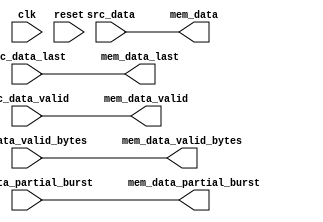
// ***************************************************************************
// ***************************************************************************
// Copyright (C) 2014-2023 Analog Devices, Inc. All rights reserved.
//
// In this HDL repository, there are many different and unique modules, consisting
// of various HDL (Verilog or VHDL) components. The individual modules are
// developed independently, and may be accompanied by separate and unique license
// terms.
//
// The user should read each of these license terms, and understand the
// freedoms and responsibilities that he or she has by using this source/core.
//
// This core is distributed in the hope that it will be useful, but WITHOUT ANY
// WARRANTY; without even the implied warranty of MERCHANTABILITY or FITNESS FOR
// A PARTICULAR PURPOSE.
//
// Redistribution and use of source or resulting binaries, with or without modification
// of this file, are permitted under one of the following two license terms:
//
//   1. The GNU General Public License version 2 as published by the
//      Free Software Foundation, which can be found in the top level directory
//      of this repository (LICENSE_GPL2), and also online at:
//      <https://www.gnu.org/licenses/old-licenses/gpl-2.0.html>
//
// OR
//
//   2. An ADI specific BSD license, which can be found in the top level directory
//      of this repository (LICENSE_ADIBSD), and also on-line at:
//      https://github.com/analogdevicesinc/hdl/blob/master/LICENSE_ADIBSD
//      This will allow to generate bit files and not release the source code,
//      as long as it attaches to an ADI device.
//
// ***************************************************************************
// ***************************************************************************

/*
 * Resize the data width between the source interface and the burst memory
 * if necessary.
 */

`timescale 1ns/100ps

module axi_dmac_resize_src #(
  parameter DATA_WIDTH_SRC = 64,
  parameter BYTES_PER_BEAT_WIDTH_SRC = 3,
  parameter DATA_WIDTH_MEM = 64,
  parameter BYTES_PER_BEAT_WIDTH_MEM = 3
) (
  input clk,
  input reset,

  input src_data_valid,
  input [DATA_WIDTH_SRC-1:0] src_data,
  input src_data_last,
  input [BYTES_PER_BEAT_WIDTH_SRC-1:0] src_data_valid_bytes,
  input src_data_partial_burst,

  output mem_data_valid,
  output [DATA_WIDTH_MEM-1:0] mem_data,
  output mem_data_last,
  output [BYTES_PER_BEAT_WIDTH_MEM-1:0] mem_data_valid_bytes,
  output mem_data_partial_burst
);

  generate if (DATA_WIDTH_SRC == DATA_WIDTH_MEM)  begin
    assign mem_data_valid = src_data_valid;
    assign mem_data = src_data;
    assign mem_data_last = src_data_last;
    assign mem_data_valid_bytes = src_data_valid_bytes;
    assign mem_data_partial_burst = src_data_partial_burst;
  end else begin

    localparam RATIO = DATA_WIDTH_MEM / DATA_WIDTH_SRC;
    localparam RATIO_WIDTH = RATIO > 64 ? 7 :
                             RATIO > 32 ? 6 :
                             RATIO > 16 ? 5 :
                             RATIO > 8 ? 4 :
                             RATIO > 4 ? 3 :
                             RATIO > 2 ? 2 : 1;

    reg [RATIO-1:0] mask = 'h1;
    reg valid = 1'b0;
    reg last = 1'b0;
    reg [DATA_WIDTH_MEM-1:0] data = 'h0;
    reg [BYTES_PER_BEAT_WIDTH_SRC-1:0] valid_bytes = 'h00;
    reg partial_burst = 1'b0;
    reg [RATIO_WIDTH-1:0] num_beats = {RATIO_WIDTH{1'b1}};

    always @(posedge clk) begin
      if (reset == 1'b1) begin
        valid <= 1'b0;
        mask <= 'h1;
      end else if (src_data_valid == 1'b1) begin
        valid <= mask[RATIO-1] || src_data_last;
        if (src_data_last) begin
          mask <= 'h1;
        end else begin
          mask <= {mask[RATIO-2:0],mask[RATIO-1]};
        end
      end else begin
        valid <= 1'b0;
      end
    end

    // This counter will hold the number of source beat in a destination beat
    // minus one
    always @(posedge clk) begin
      if (reset == 1'b1) begin
        num_beats <= {RATIO_WIDTH{1'b1}};
      end else if (valid == 1'b1 && last == 1'b1) begin
        if (src_data_valid == 1'b1) begin
          num_beats <= {RATIO_WIDTH{1'b0}};
        end else begin
          num_beats <= {RATIO_WIDTH{1'b1}};
        end
      end else if (src_data_valid == 1'b1) begin
        num_beats <= num_beats + 1'b1;
      end
    end

    integer i;

    always @(posedge clk) begin
      for (i = 0; i < RATIO; i = i+1) begin
        if (mask[i] == 1'b1) begin
          data[i*DATA_WIDTH_SRC+:DATA_WIDTH_SRC] <= src_data;
        end
      end

      // Compensate for the one clock cycle pipeline delay of the data
      last <= src_data_last;
      if (src_data_valid == 1'b1) begin
        valid_bytes <= src_data_valid_bytes;
        partial_burst <= src_data_partial_burst;
      end
    end

    assign mem_data_valid = valid;
    assign mem_data = data;
    assign mem_data_last = last;
    assign mem_data_valid_bytes = {num_beats,valid_bytes};
    assign mem_data_partial_burst = partial_burst;

  end endgenerate

endmodule